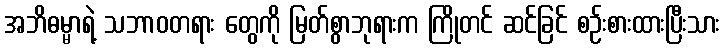
အဘိဓမ္မာရဲ့ သဘာဝတရား တွေကို မြတ်စွာဘုရားက ကြိုတင် ဆင်ခြင် စဉ်းစားထားပြီးသား